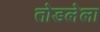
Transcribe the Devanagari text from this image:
तोडलेला